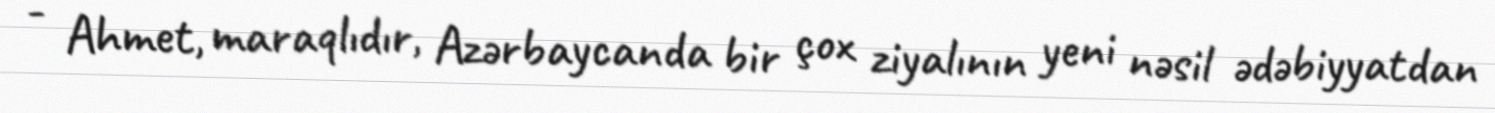
- Ahmet, maraqlıdır, Azərbaycanda bir çox ziyalının yeni nəsil ədəbiyyatdan